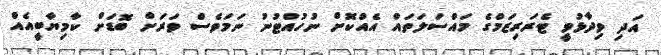
އަދި ވިދާޅުވީ ޓެރަރިޒަމްގެ މައްސަލަތައް އެއްކޮށް ނުހުއްޓުނު ނަމަވެސް ވަރަށް ބޮޑަށް ކާމިޔާބީއެއް